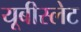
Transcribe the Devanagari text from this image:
यूबीस्लेट